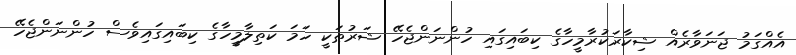
އެއްގަމު ޖަނަވާރެއް ޝިކާރަކުރާމީހާގެ ކިބައިގައި ހުންނަންޖެހޭ ޝަރުޠަކީ ހަމަ ކަތިލާމީހާގެ ކިބައިގައިވެސް ހުންނަންޖެހޭ